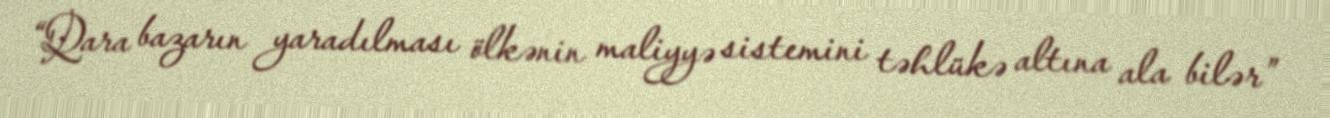
“Qara bazarın yaradılması ölkənin maliyyə sistemini təhlükə altına ala bilər”